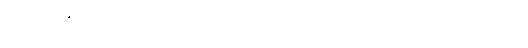
အင်အားအများအပြားနဲ့ ဝင်ရောက်ဖမ်းဆီးသွားတယ်လို့ ဒေသခံတွေက ပြောပါတယ်။